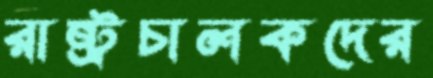
রাষ্ট্রচালকদের